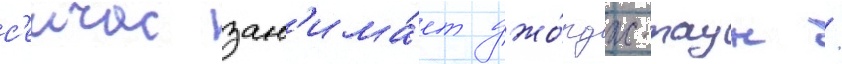
с'еичас зан'има́ет джо́рдж-таун /